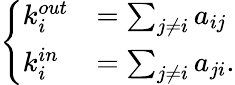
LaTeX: \left\{ \begin{array}{ll}{k_{i}^{out}}&{=\sum_{j\neq i}a_{ij}}\\ {k_{i}^{in}}&{=\sum_{j\neq i}a_{ji}.}\end{array}\right.